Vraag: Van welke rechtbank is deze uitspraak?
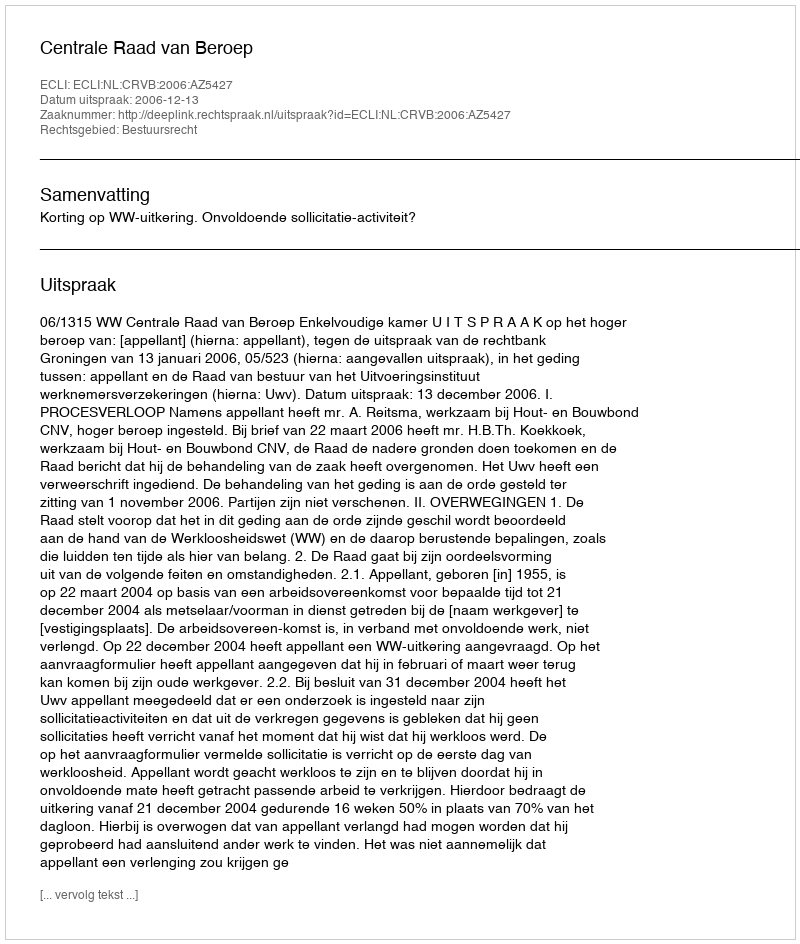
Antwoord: Centrale Raad van Beroep